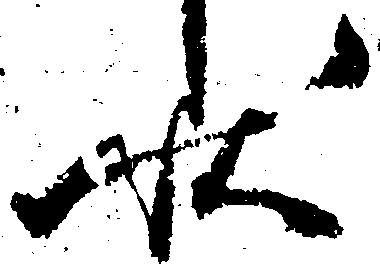
状